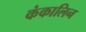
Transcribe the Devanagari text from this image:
कंकालिन